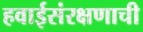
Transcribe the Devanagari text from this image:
हवाईसंरक्षणाची